Annual report of the Punjab Veterinary College and of the Civil Veterinary Department, Punjab - 1894-1908
Year: 1894
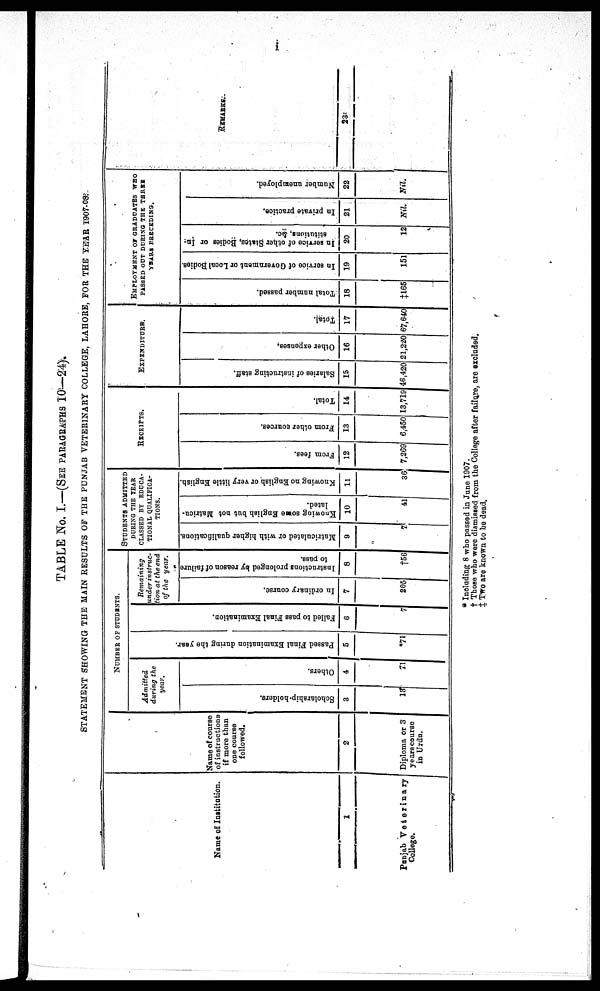
i
TABLE No. I.—(SEE PARAGRAPHS 10—24).
STATEMENT SHOWING THE MAIN RESULTS OF THE PUNJAB VETERINARY COLLEGE, LAHORE, FOR THE YEAR 1907-08.
Name of Institution.
1
Punjab Veterinary
College.
Name of course
of instructions
if more than
one course
followed.
2
Diploma or 3
years course
in Urdu.
NUMBER OF STUDENTS
Admitted
during the
year.
Scholarship- holders.
3
13
Others.
4
71
Pas s ed Fi nal E x a mi n a t i o n dur i
ng the year .
5
*71
Failed to pass Final Examination.
6
7
Remaining
under instruc-
Hon at the end
of the year.
In ordinary course.
7
205
Instructions prolonged by reason of failure
to pass.
8
†56
STUDENTS ADMITTED
DURING THE YEAR
CLASSED
EDUCA-
------ QUALIFICA-
TIONS.
Matriculated or with higher qualifications.
9
7
Knowing some
English but not Matricu-
lated.
10
41
Knowing no English or very little English.
11
36
RECEIPTS.
From fees.
12
7,269
From other cources.
13
6,450
Total.
14
13,719
EXPENDITURE.
Salaries of instructing staff.
15
46,420
Other expenses.
16
21,220
Total.
17
67,640
EMPLOYMENT OF GRADUATES WHO
PASSED OUT DURING THE THREE
YEARS PRECEDING.
Total number passed.
18
‡165
In service of Government or Local Bodies.
19
151
In service of other States, Bodies or In-
stitutions, &c.
20
12
In private practice.
21
Nil.
Number unemployed.
22
Nil.
REMARKS.
23
* Including 8 who passed in June 1907.
† Those who were dismissed from the College after failure, are excluded.
‡ Two are known to be dead.